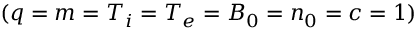
( q = m = T _ { i } = T _ { e } = B _ { 0 } = n _ { 0 } = c = 1 )